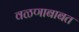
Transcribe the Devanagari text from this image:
वळणाबाबत